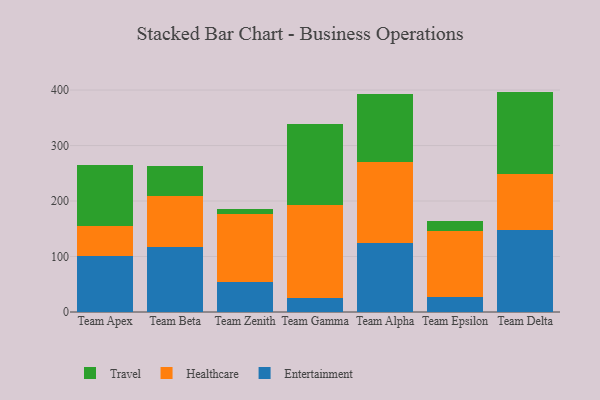
{"axis": {"x": "Team", "y": "Conversion Rate (%)"}, "legend": ["Entertainment", "Healthcare", "Travel"], "data": [{"x": "Team Apex", "y": 100.9, "type": "Entertainment"}, {"x": "Team Apex", "y": 53.9, "type": "Healthcare"}, {"x": "Team Apex", "y": 109.7, "type": "Travel"}, {"x": "Team Beta", "y": 117.5, "type": "Entertainment"}, {"x": "Team Beta", "y": 91.4, "type": "Healthcare"}, {"x": "Team Beta", "y": 55.0, "type": "Travel"}, {"x": "Team Zenith", "y": 54.5, "type": "Entertainment"}, {"x": "Team Zenith", "y": 122.8, "type": "Healthcare"}, {"x": "Team Zenith", "y": 8.5, "type": "Travel"}, {"x": "Team Gamma", "y": 25.4, "type": "Entertainment"}, {"x": "Team Gamma", "y": 167.7, "type": "Healthcare"}, {"x": "Team Gamma", "y": 145.6, "type": "Travel"}, {"x": "Team Alpha", "y": 125.2, "type": "Entertainment"}, {"x": "Team Alpha", "y": 144.3, "type": "Healthcare"}, {"x": "Team Alpha", "y": 123.1, "type": "Travel"}, {"x": "Team Epsilon", "y": 27.8, "type": "Entertainment"}, {"x": "Team Epsilon", "y": 118.8, "type": "Healthcare"}, {"x": "Team Epsilon", "y": 17.7, "type": "Travel"}, {"x": "Team Delta", "y": 147.4, "type": "Entertainment"}, {"x": "Team Delta", "y": 100.9, "type": "Healthcare"}, {"x": "Team Delta", "y": 148.9, "type": "Travel"}]}